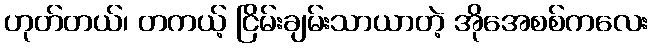
ဟုတ်တယ်၊ တကယ့် ငြိမ်းချမ်းသာယာတဲ့ အိုအေစစ်ကလေး